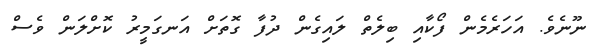
ނޫނެވެ. އަހަރެމެން ފޯކާއި ބިލެތް ލައިގެން ދުފާ ގޮތަށް އަނގަމީރު ކޮށްލަން ވެސް